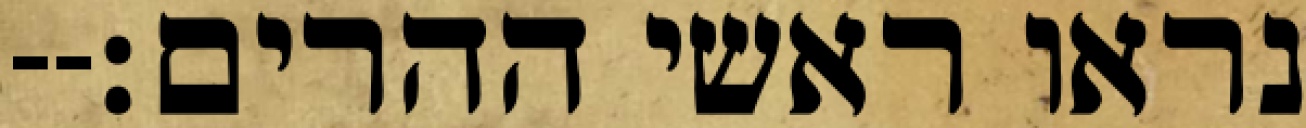
נראו ראשי ההרים׃--